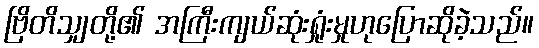
ဗြိတိသျှတို့၏ အကြီးကျယ်ဆုံးရှုံးမှုဟုပြောဆိုခဲ့သည်။